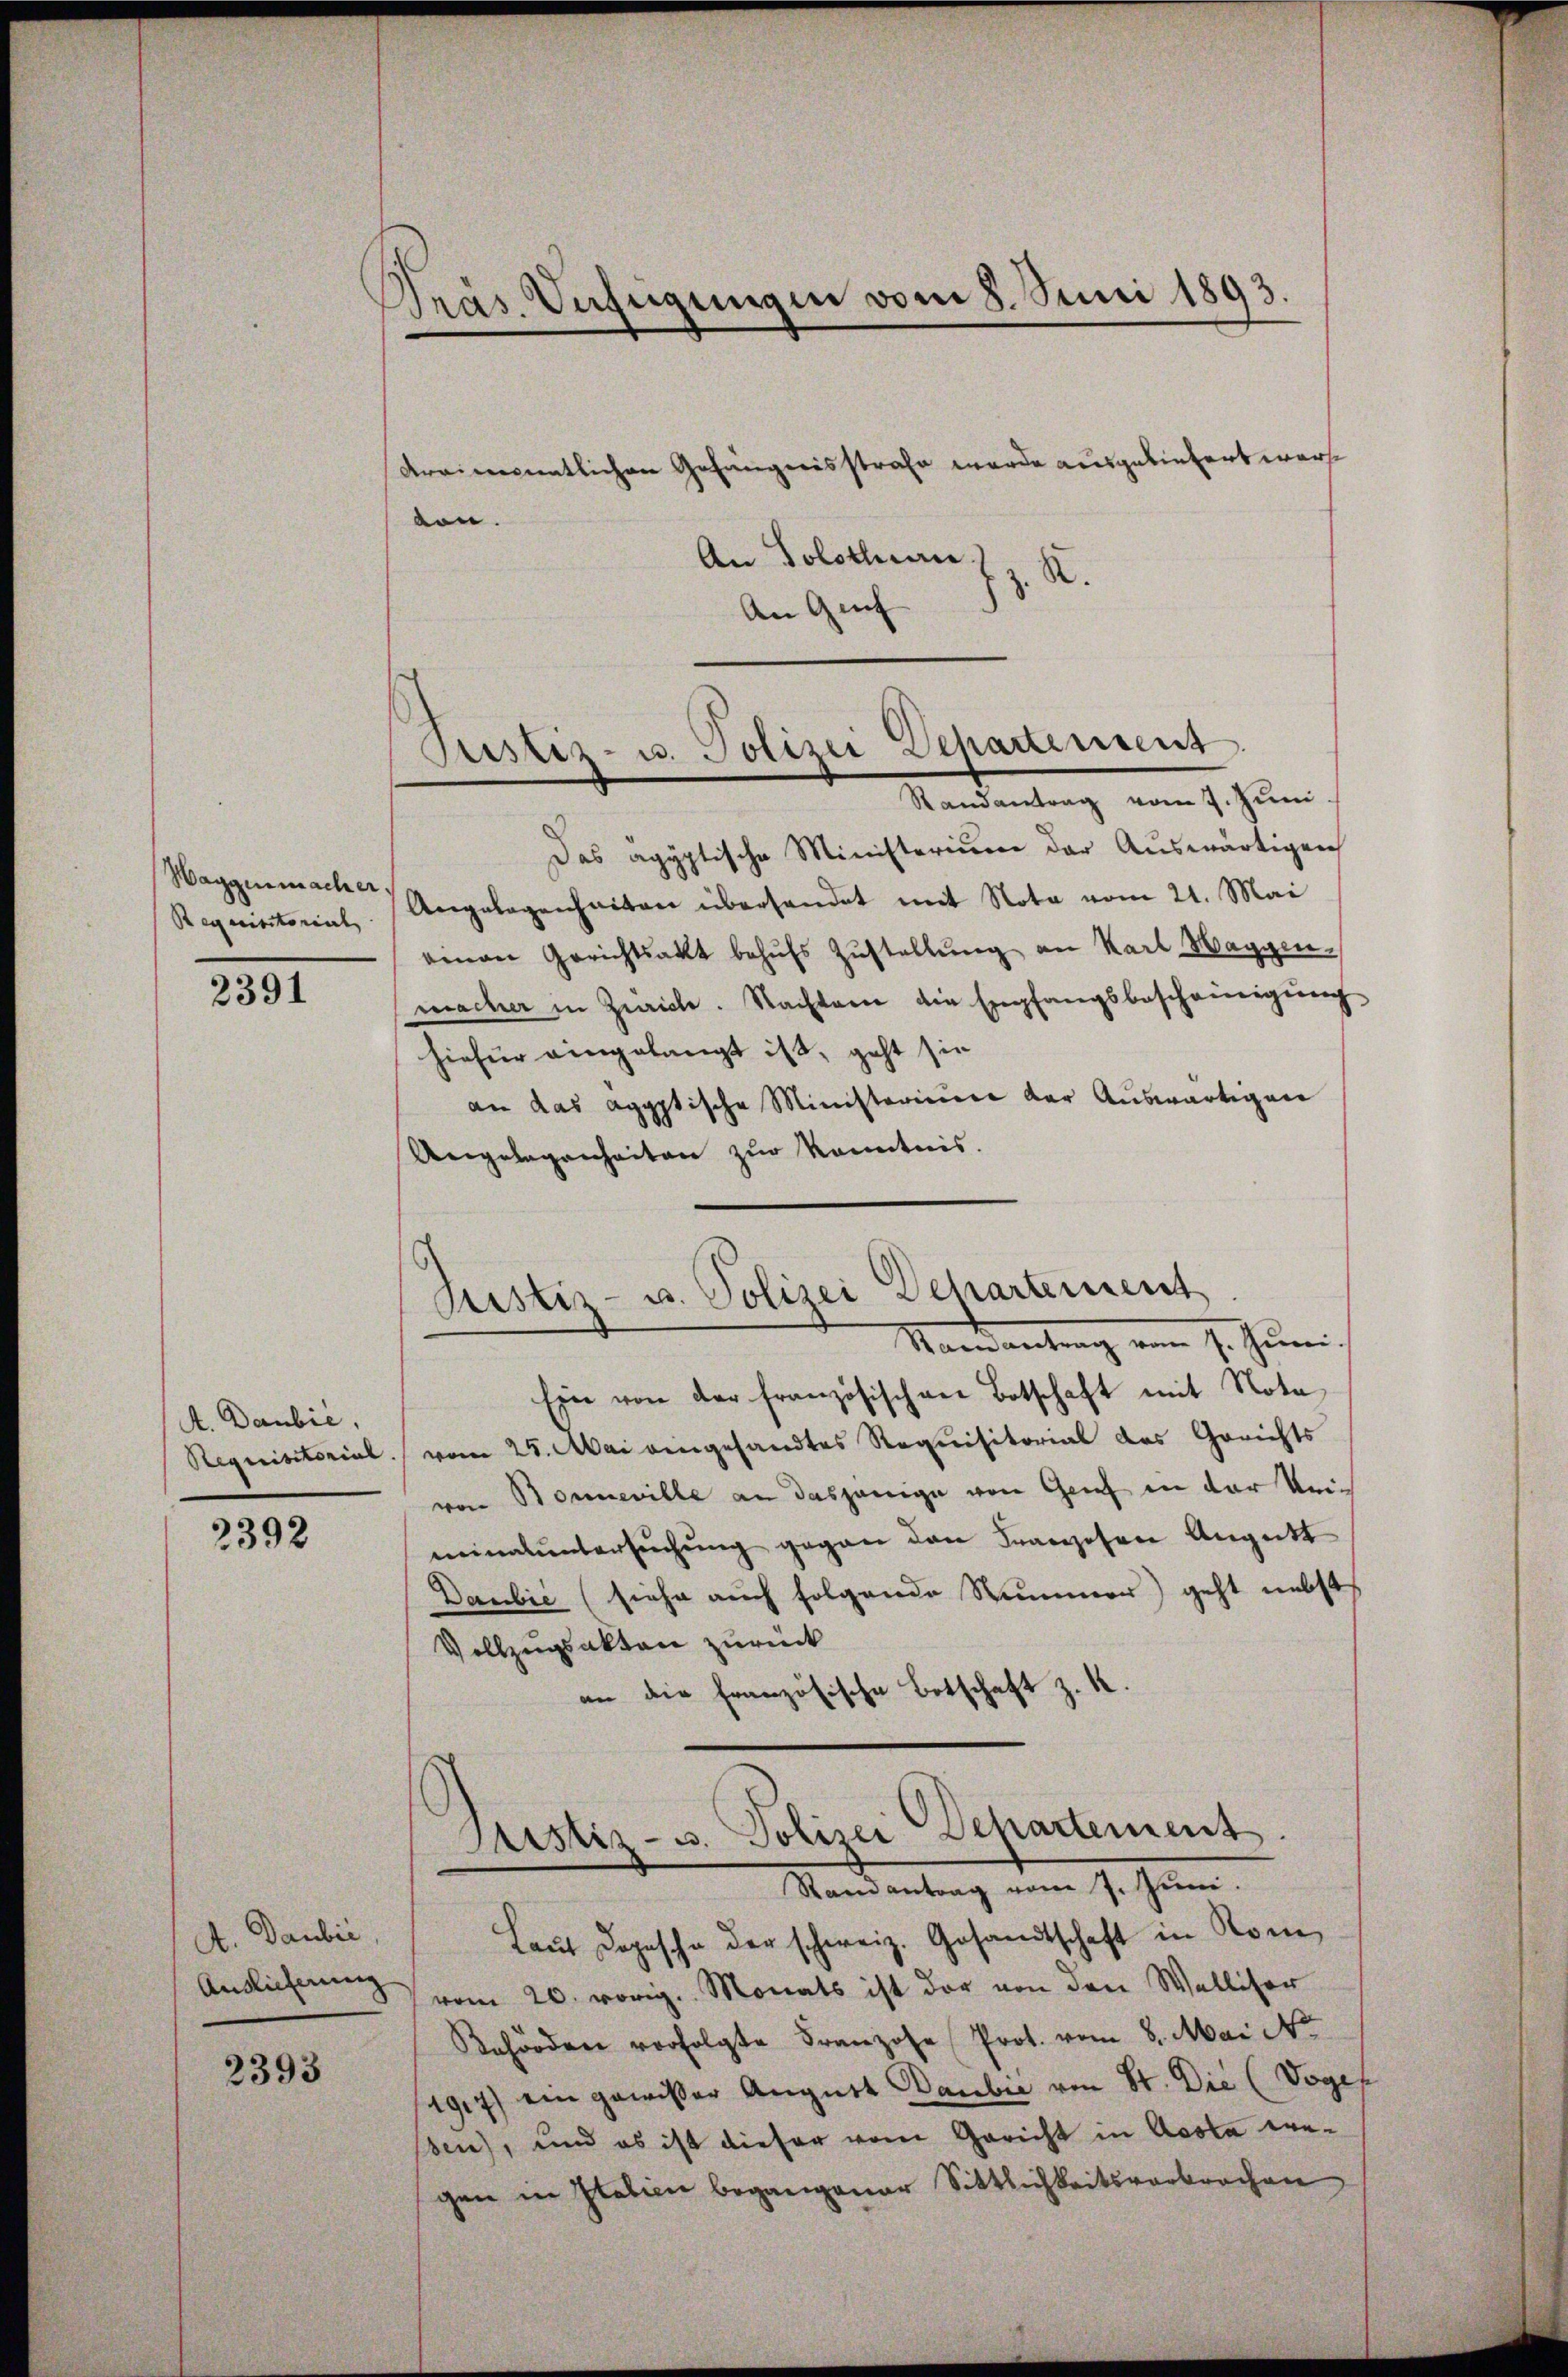
Haggenmacher.
Requisitorial,

2391

A. Daubić,
Requisitorial

2392

A. Daubić,
Auslieferung

2393

Präs. Verfügungen vom 8. Juni 1893.

Arvicementlichen Gefängnisstrafe wurde ausgeliefert ware
ton.
An Solothurn z. K.
An Gef

Das agyptische Ministerium der Auswärtigen
Angelegenheiten überhandet mit Nota vom 21. Mai
einen Gerichtsakt behŭfs Zŭstellŭng an Karl Waggen-
macher in Zürich. Nachdem die Empfangsbescheinigŭng.
hiefür eingelangt ist, geht sie
an das agyptische Ministerium der Auswärtigen
Ungelegenheiten zur Kenntnis.

Pustiz- u. Polizei Departement
Randantrag vom 7. Juni.

Ein von der französischen Botschaft mit Notavom 25. Mai eingesandtes Requisitorial des Gerichts
von Bonneville an dasjenige von Greif in der keiminaluntersŭchŭng gegen den Franzosen Angatt
Daubić (siehe auch folgende Summer) geht nebst
Vollzugsakten zurück
an die französische Botschaft z. K.

Justiz- u. Polizei Departement
Mandantrag vom 7. Juni,

Justiz- u. Polizei Departement.
Randantrag vom 7. Juni.

Laŭt Dopische der schweiz. Gesandtschaft in Rom
vom 20. vorig. Monats ist der von den Walliser
Behörden vorfolgte Franzose Prot. vom 8. Mai No
1917) ein gewißer August Daubić von St. Die (Vogel
ben), und es ist dieser vom Gericht in Acta wegen in Italien begangener Sittlichkeitsverbrechen